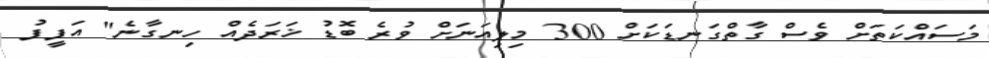
މަސައްކަތަށް ވެސް ގާތްގަނޑަކަށް 300 މިލިއަނަށް ވުރެ ބޮޑު ޚަރަދެއް ހިނގާނެ" އަފީފު